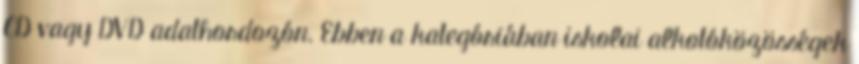
CD vagy DVD adathordozón. Ebben a kategóriában iskolai alkotóközösségek